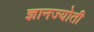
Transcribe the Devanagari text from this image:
ज्ञानज्योती